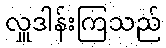
လှူဒါန်းကြသည်